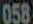
058